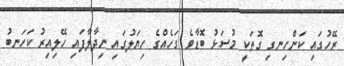
ރޭހުގައި ކަންހިނގި ގޮތަކީި މުސަޅު ބޮޑާވެ ގަހެއްގެ ހިޔަލުގައި ނިދާލާފައި ހޭލިއިރު ކަހަނބު